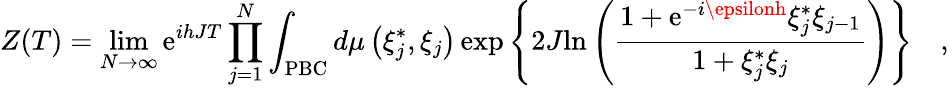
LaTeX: Z(T)=\operatorname*{lim}_{N\rightarrow\infty}\mathrm{e}^{ihJT}\prod_{j=1}^{N}\int_{\mathrm{{PBC}}}{{d\mu\left({\xi_{j}^{*},\xi_{j}}\right)}\exp\left\{ {2J{\ln\left({{\frac{{1+\mathrm{e}^{-i\epsilonh}\xi_{j}^{*}\xi_{j-1}}}{{1+\xi_{j}^{*}\xi_{j}}}}}\right)}}\right\} }\quad,